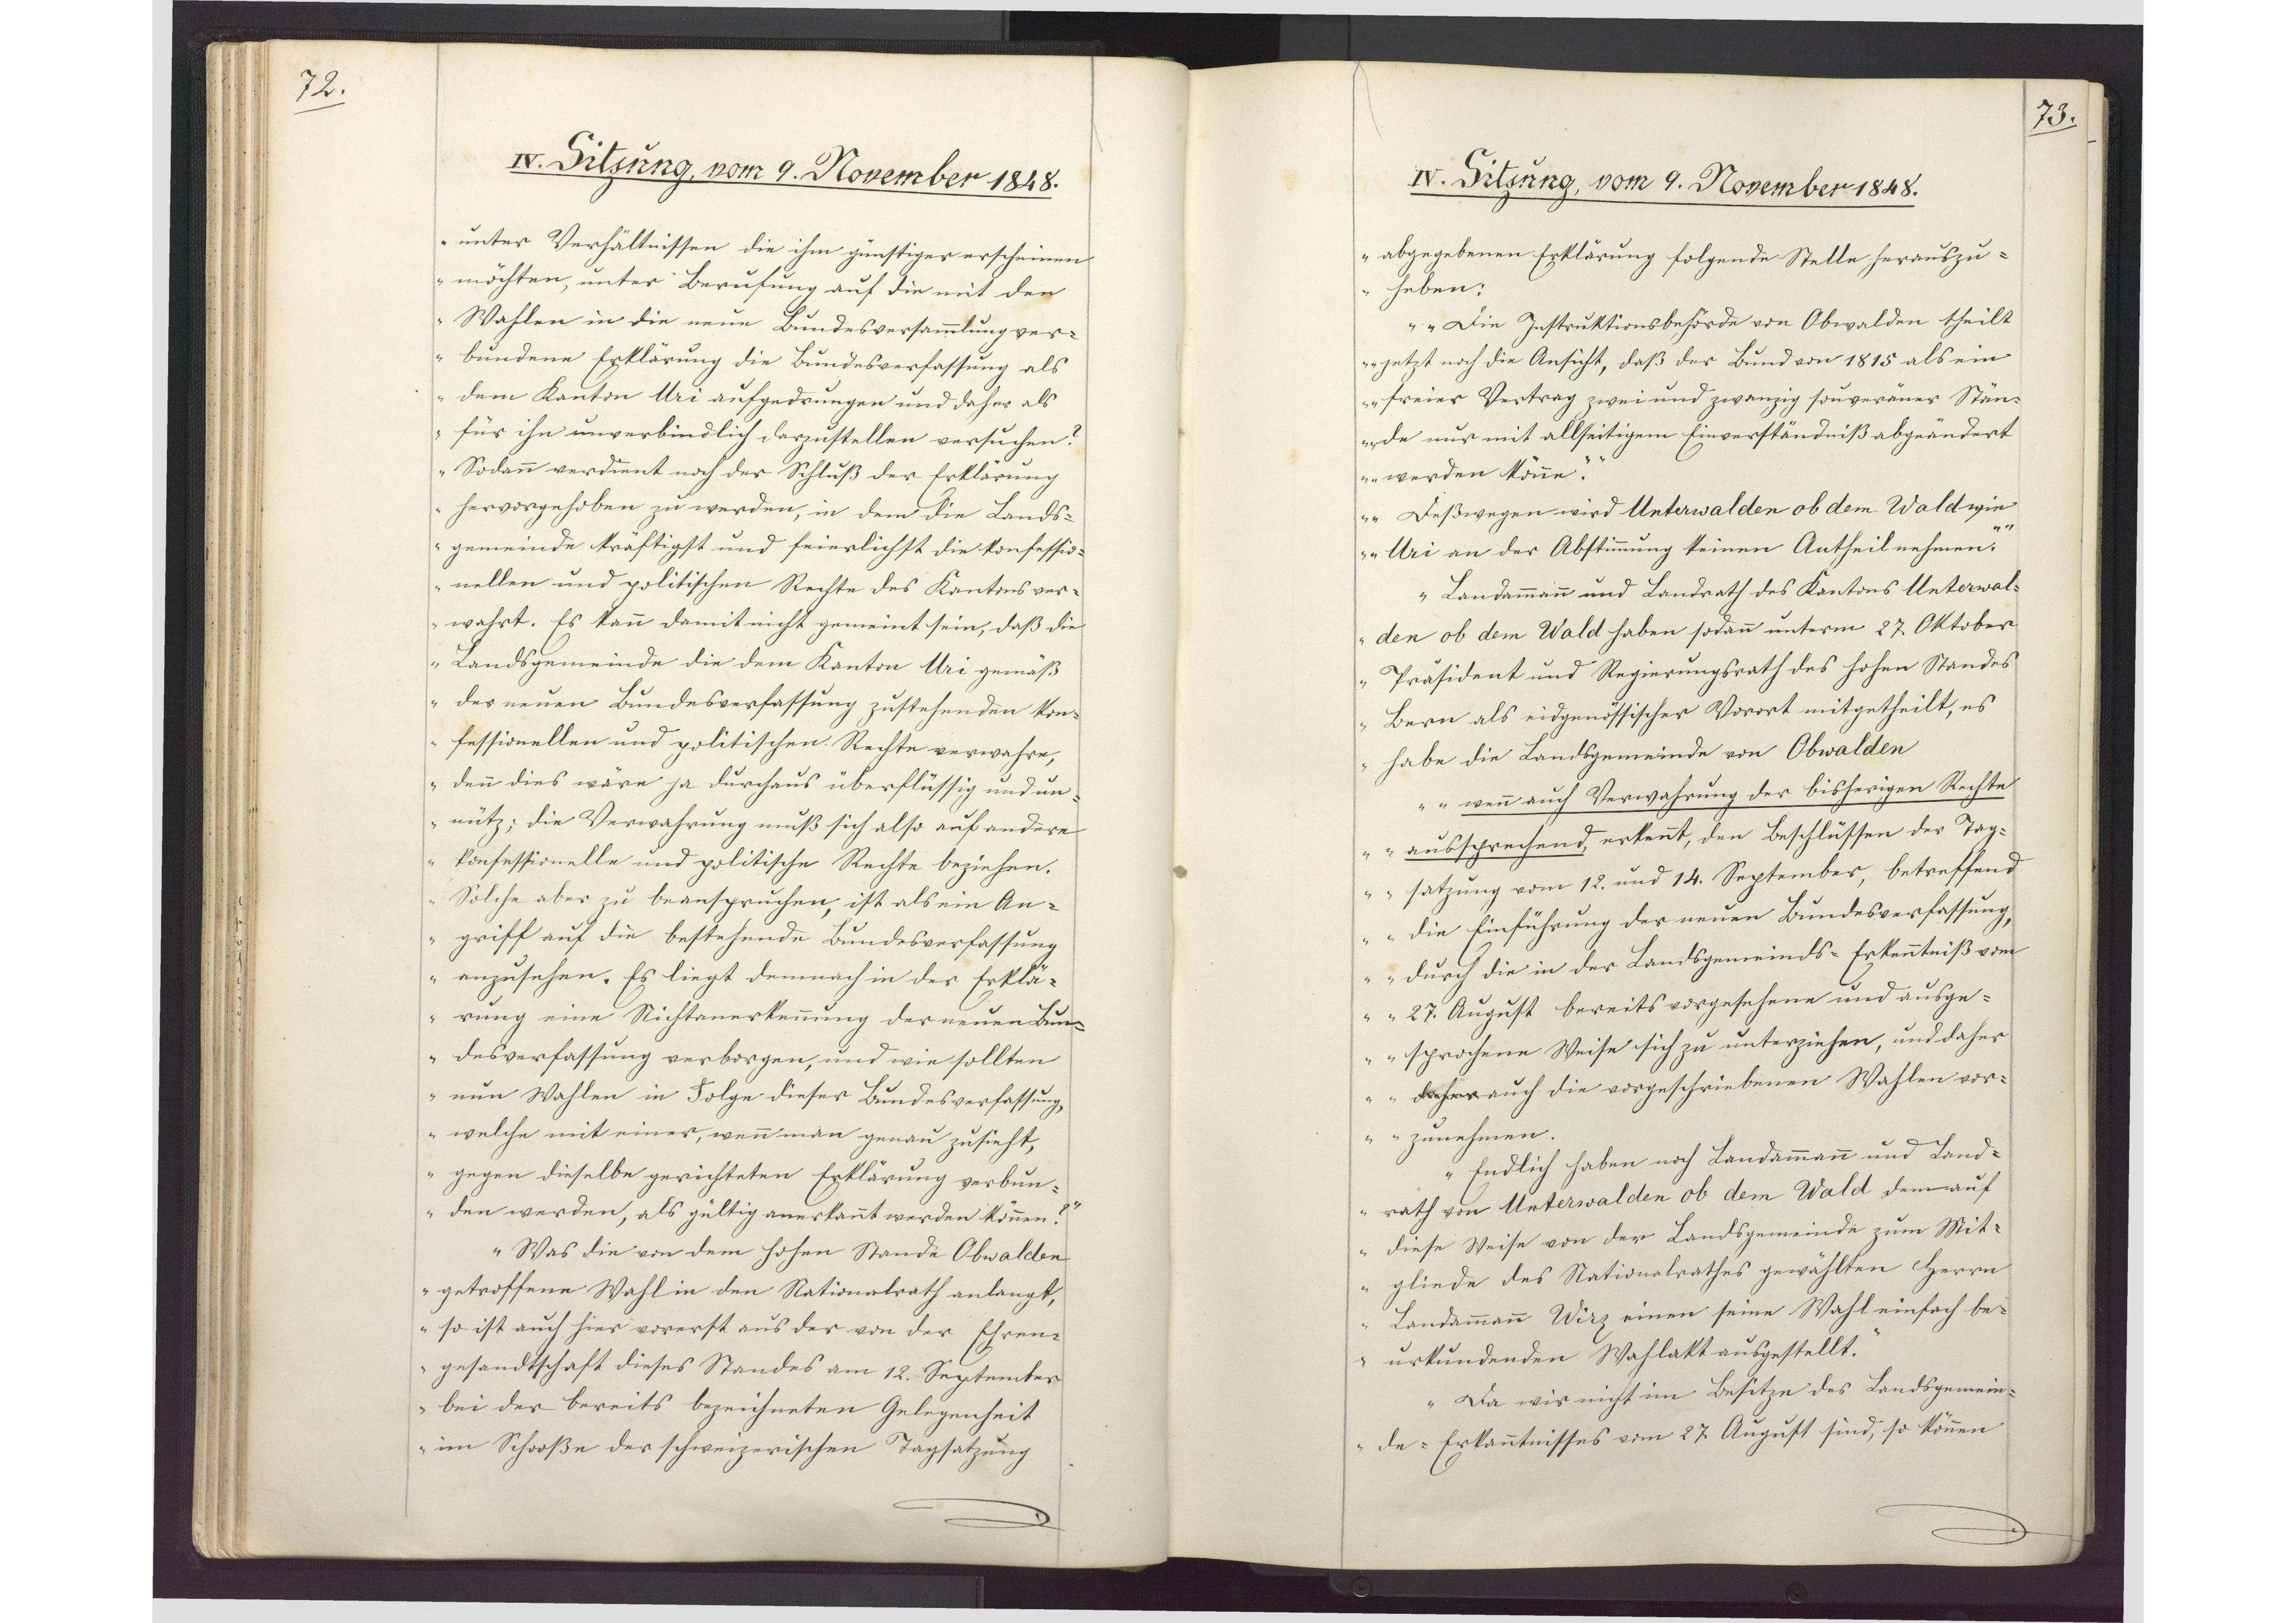
72.

IV. Sitzung, vom 9. November 1848.

unter Verhältnissen die ihm günstiger erscheinen
möchten, unter Berufung auf die mit den
Wahlen in die neue Bundesversammlung ver¬
bundene Erklärung die Bundesverfassung als
dem Kanton Uri aufgedrungen und daher als
für ihn unverbindlich darzustellen versuchen?
Sodann verdient noch der Schluß der Erklärung
hervorgehoben zu werden, in dem die Lands¬
gemeinde kräftigst und feierlichst die konfessio¬
nellen und politischen Rechte des Kantons ver¬
wahrt. Es kann damit nicht gemeint sein, daß die
Landsgemeinde die dem Kanton Uri gemäß
der neuen Bundesverfassung zustehenden Kon¬
fessionellen und politischen Rechte verwahre,
denn dies wäre ja durchaus überflüssig und un¬
nütz; die Verwahrung muß sich also auf andere
konfessionelle und politische Rechte beziehen.
Solche aber zu beanspruchen, ist als ein An¬
griff auf die bestehende Bundesverfassung
anzusehen. Es liegt demnach in der Erklä¬
rung eine Nichtanerkennung der neuen Bun¬
desverfassung verborgen, und wie sollten
nun Wahlen in Folge dieser Bundesverfassung,
welche mit einer, wenn man genau zusieht,
gegen dieselbe gerichteten Erklärung verbun¬
den werden, als gültig anerkannt werden können?"
"Was die von dem hohen Stande Obwalden
getroffene Wahl in den Nationalrath anlangt,
so ist auch hier vorerst aus der von der Ehren¬
gesandtschaft dieses Standes am 12. September
bei der bereits bezeichneten Gelegenheit
im Schooße der schweizerischen Tagsatzung

73.

IV. Sitzung, vom 9. November 1848.

abgegebenen Erklärung folgende Stelle herauszu¬
heben:
"Die Instruktionsbehörde von Obwalden theilt
jetzt noch die Ansicht, daß der Bund von 1815 als ein
freier Vertrag zwei und zwanzig souveräner Stän¬
de nur mit allseitigem Einverständniß abgeändert
werden könne."
"Deßwegen wird Unterwalden ob dem Wald wie
Uri an der Abstimmung keinen Antheil nehmen."
Landammann und Landrath des Kantons Unterwal¬
den ob dem Wald haben sodann unterm 27. Oktober
Präsident und Regierungsrath des hohen Standes
Bern als eidgenössischer Vorort mitgetheilt, es
habe die Landsgemeinde von Obwalden
"wenn auch Verwahrung der bisherigen Rechte
aussprechend, erkennt, den Beschlüssen der Tag¬
satzung vom 12. und 14. September, betreffend
die Einführung der neuen Bundesverfassung,
durch die in der Landsgemeinds-Erkenntniß vom
27. August bereits vorgesehene und ausge¬
sprochene Weise sich zu unterziehen, und daher
daher auch die vorgeschriebenen Wahlen vor¬
zunehmen.
Endlich haben noch Landamman und Land¬
rath von Unterwalden ob dem Wald dem auf
diese Weise von der Landsgemeinde zum Mit¬
gliede des Nationalrathes gewählten Herrn
Landammann Wirz einen seine Wahl einfach be-
urkundenden Wahlakt ausgestellt."
Da wir nicht im Besitze des Landsgemein¬
de-Erkanntnisses vom 27. August sind, so können